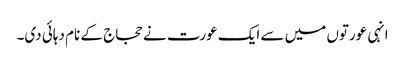
انہی عورتوں میں سے ایک عورت نے حجاج کے نام دہائی دی۔